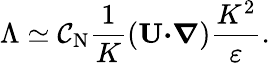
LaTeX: \Lambda\simeq\mathcal{C}_{\textrm{{N}}}\frac{{1}}{{K}}({\textbf{{U}}}{\boldsymbol{\cdot}}{\boldsymbol{\nabla}})\frac{{K^{2}}}{{\varepsilon}}.